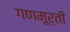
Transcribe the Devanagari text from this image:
गणमूर्ती